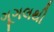
ગૂગલથી